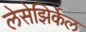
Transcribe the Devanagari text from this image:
लेसेझिर्केल